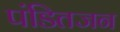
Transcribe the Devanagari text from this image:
पंडितजन